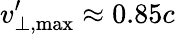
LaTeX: v_{\bot,\mathrm{{max}}}^{\prime}\approx 0.85c